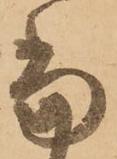
當